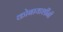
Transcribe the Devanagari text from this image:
कोबायाशींनी